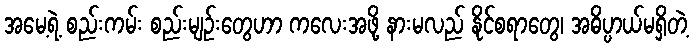
အမေ့ရဲ့ စည်းကမ်း စည်းမျဉ်းတွေဟာ ကလေးအဖို့ နားမလည် နိုင်စရာတွေ၊ အဓိပ္ပာယ်မရှိတဲ့